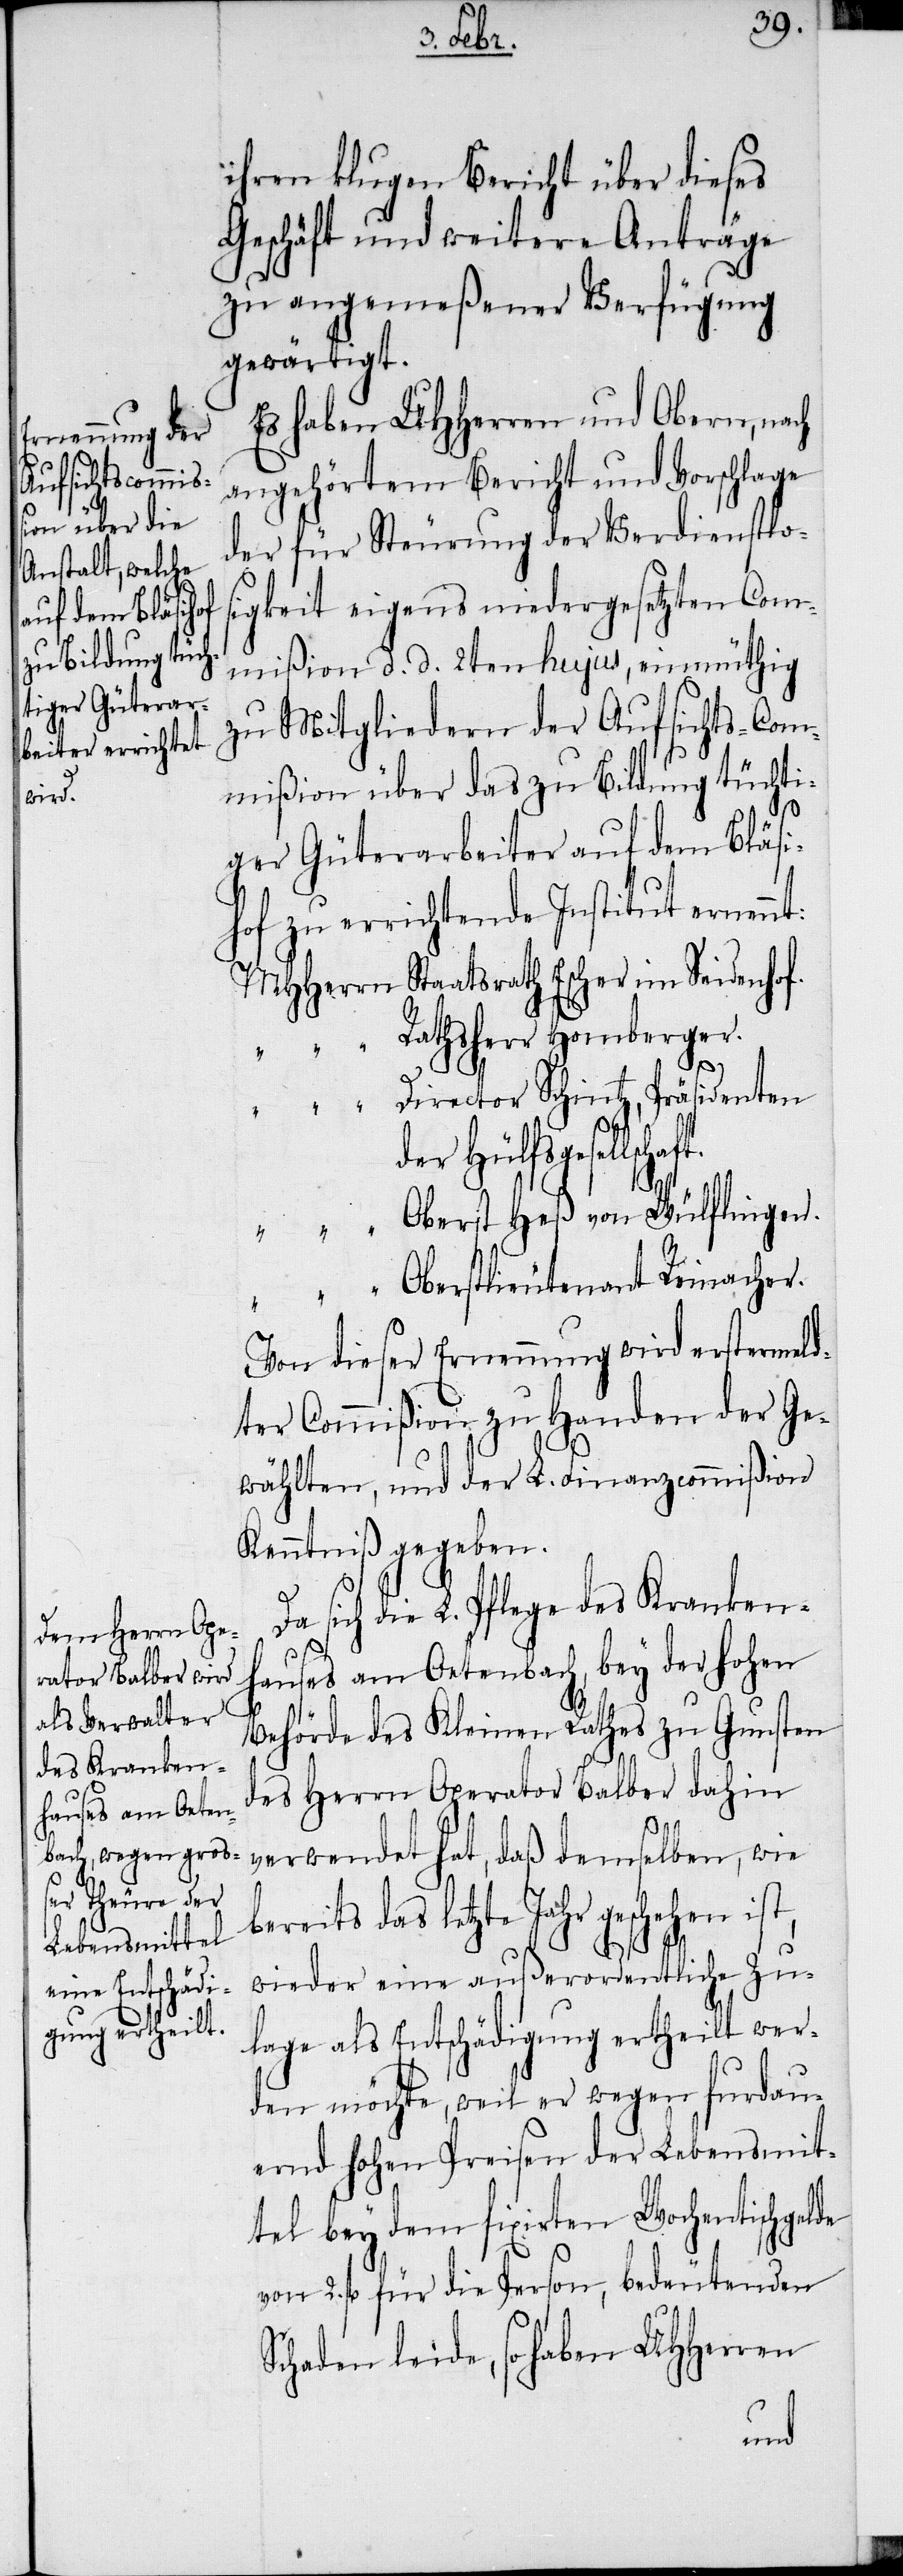
t.
„

ihren klugen Bericht über dieses
Geschäft und weitere Anträge
zu angemeßener Verfügung
gewärtigt.
Es haben UHHerren und Obern, nach
angehörtem Bericht und Vorschlage
der für Steurung der Verdienstlo¬
sigkeit eigens niedergesetzten Com¬
mißion d. d. 2ten hujus, einmüthig
zu Mitgliedern der Aufsichts-Com¬
mißion über das zur Bildung tüchti¬
ger Güterarbeiter auf dem Bläsi¬
hof zu errichtende Institut ernen¬
Staatsrath Escher im Seidenhof.
Rathsherr Homberger.
„
Director Schintz, Präsidenten
der Hülfsgesellschaf¬
ist,
Oberst Heß von Wülflingen.
Oberstlieutenant Reinacher.
Von dieser Ernennung wird erstermeld¬
ter Commißion zu Handen der Ge¬
wählten, und der L. Finanzcommißion
Kenntniß gegeben.
Da sich die L. Pflege des Kranken¬
hauses am Oetenbach, bey der hohen
Behörde des Kleinen Rathes zu Gunsten
des Herrn Operator Balber dahin
verwendet hat, daß demselben, wie
bereits das letzte Jahr geschehen
wieder eine außerordentliche Zu¬
lage als Entschädigung ertheilt wer¬
den möchte, weil er wegen furdau¬
ernd hohen Preisen der Lebensmit¬
tel bey dem fixirten Wochentischgelde
von 2. fl für die Person, bedeutenden
Schaden leide, so haben UHHerren